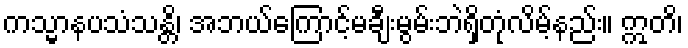
ကသ္မာနပသံသန္တိ၊ အဘယ်ကြောင့်မချီးမွမ်းဘဲရှိတုံလိမ့်နည်း။ ဣတိ၊